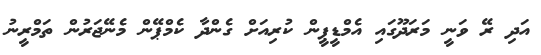
އަދި ރޭ ވަނީ މަރަދޫގައި އެމްޑީޕީން ކުރިއަށް ގެންދާ ކެމްޕޭން މެނޭޖަރުން ތަމްރީނު